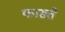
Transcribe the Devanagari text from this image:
फाख्ते